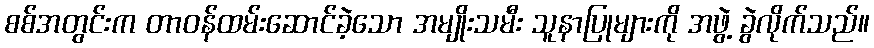
စစ်အတွင်းက တာဝန်ထမ်းဆောင်ခဲ့သော အမျိုးသမီး သူနာပြုများကို အဖွဲ့ ခွဲလိုက်သည်။